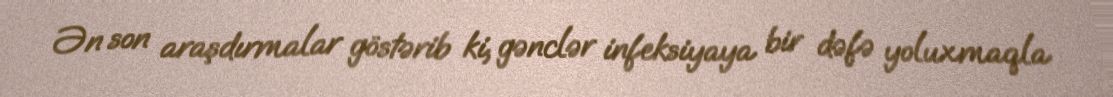
Ən son araşdırmalar göstərib ki, gənclər infeksiyaya bir dəfə yoluxmaqla